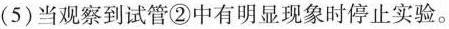
(5)当观察到试管②中有明显现象时停止实验。